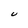
Character: U